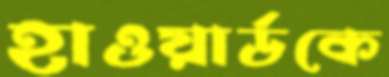
হাওয়ার্ডকে